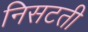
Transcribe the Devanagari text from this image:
निसटती